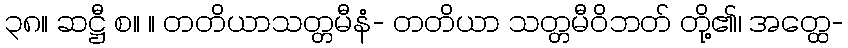
၃၈။ ဆဋ္ဌီ စ။ ။ တတိယာသတ္တမီနံ- တတိယာ သတ္တမီဝိဘတ် တို့၏၊ အတ္ထေ-